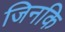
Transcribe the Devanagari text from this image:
जिनकि